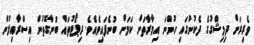
ވެރިރަށް ދިމިޝްގުގެ ދެކުނުގައި ހުންނަ އިމާރާތަށް ކަމަށް ބުނެފައިވެއެވެެ. ރިޕޯޓުތައް ބުނާގޮތުން އިސްރާއިލުން